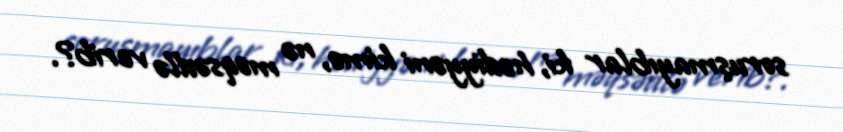
soruşmayıblar ki, hədiyyəni kimə, nə məqsədlə verib?.